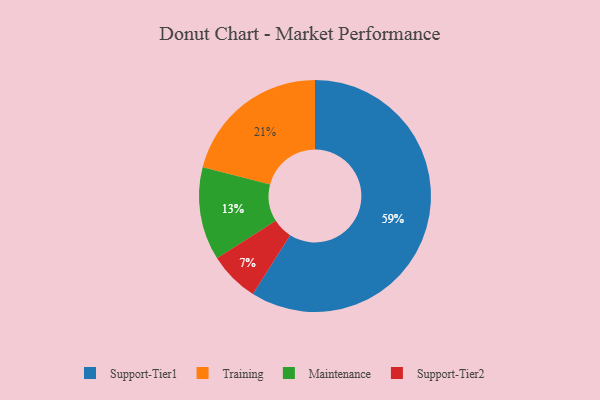
{"axis": {"x": "Category", "y": "Percentage"}, "legend": ["Maintenance", "Support-Tier1", "Support-Tier2", "Training"], "data": [{"x": "Training", "y": 21, "type": "Training"}, {"x": "Support-Tier2", "y": 7, "type": "Support-Tier2"}, {"x": "Support-Tier1", "y": 59, "type": "Support-Tier1"}, {"x": "Maintenance", "y": 13, "type": "Maintenance"}]}